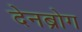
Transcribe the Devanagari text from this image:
देनब्रोग